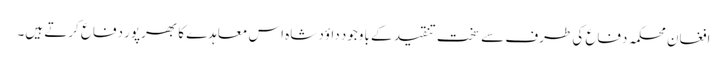
افغان محکمہ دفاع کی طرف سے سخت تنقید کے باوجود داؤد شاہ اس معاہدے کا بھرپور دفاع کرتے ہیں۔